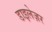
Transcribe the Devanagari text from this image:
डाइलेज़र